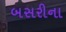
બસરીના